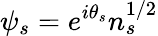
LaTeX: \psi_{s}=e^{i\theta_{s}}n_{s}^{1/2}